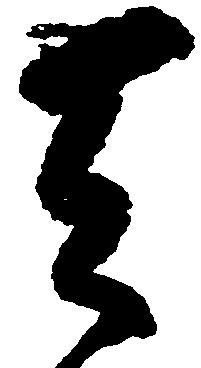
天